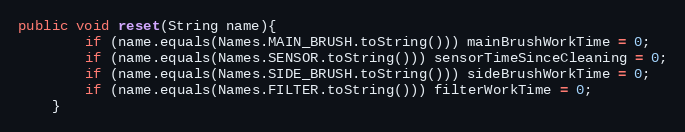
Language: Java
public void reset(String name){
        if (name.equals(Names.MAIN_BRUSH.toString())) mainBrushWorkTime = 0;
        if (name.equals(Names.SENSOR.toString())) sensorTimeSinceCleaning = 0;
        if (name.equals(Names.SIDE_BRUSH.toString())) sideBrushWorkTime = 0;
        if (name.equals(Names.FILTER.toString())) filterWorkTime = 0;
    }